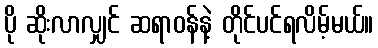
ပို ဆိုးလာလျှင် ဆရာဝန်နဲ့ တိုင်ပင်ရလိမ့်မယ်။